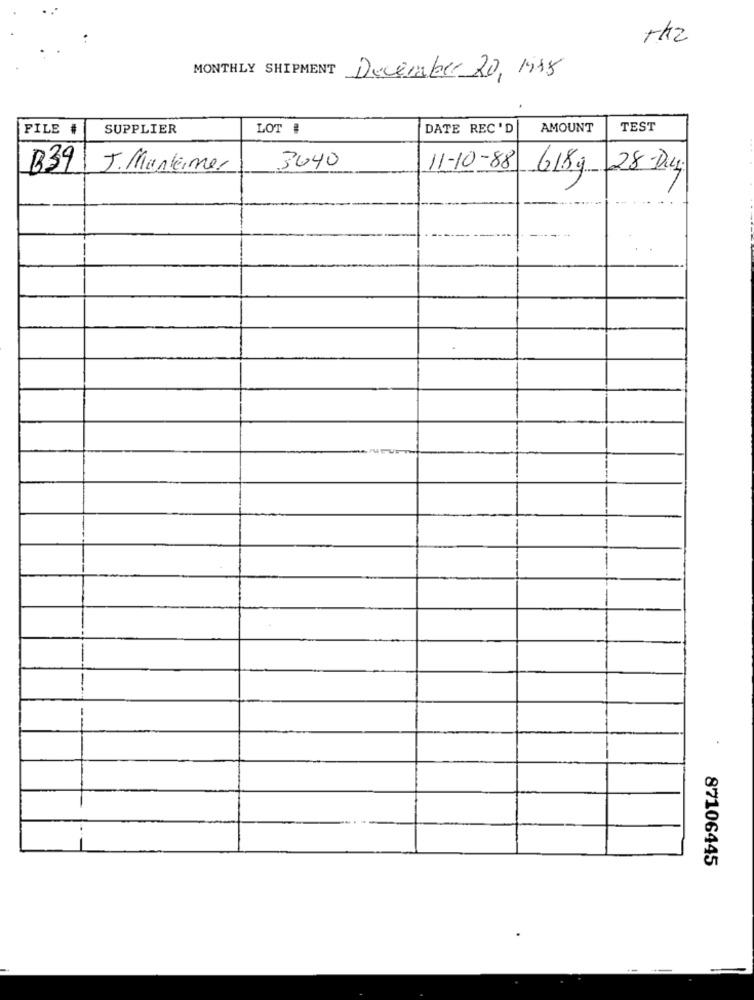
Tk2
MONTHLY SHIPMENT
December 20, 1018
FILE #
SUPPLIER
LOT #
DATE REC 'D
AMOUNT
TEST
B39
J. Mantener
3640
11-10-88
61.89 28-Du.
-
.
87106445